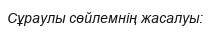
Сұраулы сөйлемнің жасалуы: